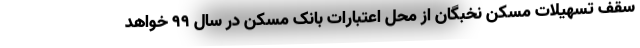
سقف تسهیلات مسکن نخبگان از محل اعتبارات بانک مسکن در سال ۹۹ خواهد